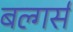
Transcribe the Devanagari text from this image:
बल्गर्स